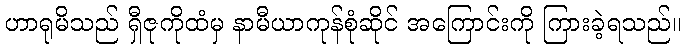
ဟာရုမိသည် ရှီဇုကိုထံမှ နာမီယာကုန်စုံဆိုင် အကြောင်းကို ကြားခဲ့ရသည်။